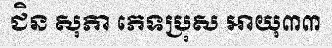
ជិន សុភា ភេទប្រុស អាយុ៣៣